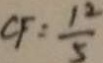
C F = \frac { 1 2 } { 5 }